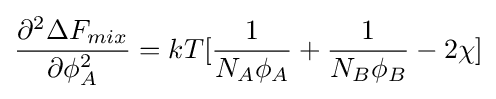
{\frac {\partial ^{2}\Delta F_{mix}}{\partial \phi _{A}^{2}}}=kT[{\frac {1}{N_{A}\phi _{A}}}+{\frac {1}{N_{B}\phi _{B}}}-2\chi ]